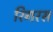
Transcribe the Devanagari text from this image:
रिगरस